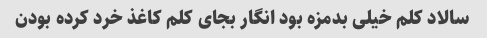
سالاد کلم خیلی بدمزه بود انگار بجای کلم کاغذ خرد کرده بودن